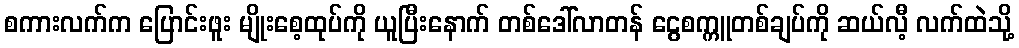
စကားလက်က ပြောင်းဖူး မျိုးစေ့ထုပ်ကို ယူပြီးနောက် တစ်ဒေါ်လာတန် ငွေစက္ကူတစ်ချပ်ကို ဆယ်လီ့ လက်ထဲသို့